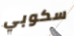
سكوبي